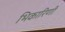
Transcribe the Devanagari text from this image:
भिकारिणी